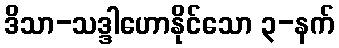
ဒိသာ-သဒ္ဒါဟောနိုင်သော ၃-နက်